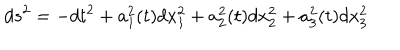
d s ^ { 2 } = - d t ^ { 2 } + a _ { 1 } ^ { 2 } ( t ) d x _ { 1 } ^ { 2 } + a _ { 2 } ^ { 2 } ( t ) d x _ { 2 } ^ { 2 } + a _ { 3 } ^ { 2 } ( t ) d x _ { 3 } ^ { 2 }